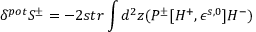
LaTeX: \delta ^ { p o t } S ^ { \pm } = - 2 s t r \int d ^ { 2 } z ( P ^ { \pm } [ H ^ { + } , \epsilon ^ { s , 0 } ] H ^ { - } )